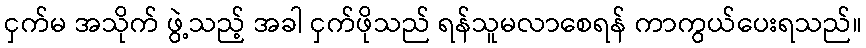
ငှက်မ အသိုက် ဖွဲ့သည့် အခါ ငှက်ဖိုသည် ရန်သူမလာစေရန် ကာကွယ်ပေးရသည်။